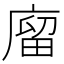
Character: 廇